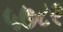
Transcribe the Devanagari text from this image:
५७८९